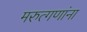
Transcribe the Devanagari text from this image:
मरुत्गणांना